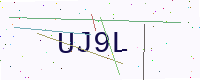
Text: UJ9L